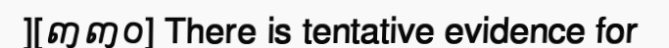
][៣៣០] There is tentative evidence for